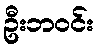
ဦးဘဝင်း